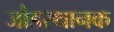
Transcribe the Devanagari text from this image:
जोडस्थानक